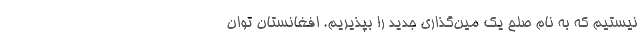
نيستيم كه به نام صلح يك مين‌گذاري جديد را بپذيريم. افغانستان توان